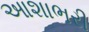
આશાભરી